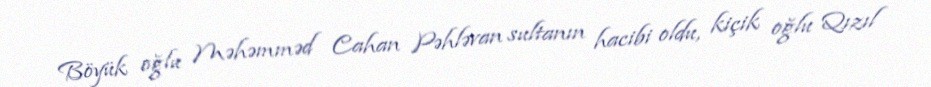
Böyük oğlu Məhəmməd Cahan Pəhləvan sultanın hacibi oldu, kiçik oğlu Qızıl